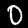
Label: 0